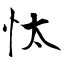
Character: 忲